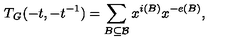
T _ { \mathit { G } } ( - t , - t ^ { - 1 } ) = \sum _ { B \subseteq \mathcal { B } } x ^ { i ( B ) } x ^ { - e ( B ) } ,